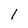
Character: 1